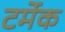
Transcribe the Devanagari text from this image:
टर्मेक